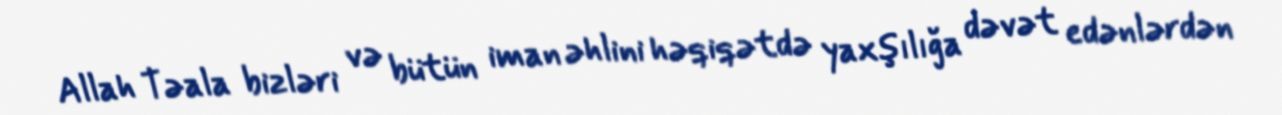
Allah Təala bizləri və bütün iman əhlini həqiqətdə yaxşılığa dəvət edənlərdən